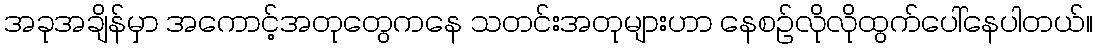
အခုအချိန်မှာ အကောင့်အတုတွေကနေ သတင်းအတုများဟာ နေစဉ်လိုလိုထွက်ပေါ်နေပါတယ်။